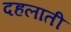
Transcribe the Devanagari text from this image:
दहलाती